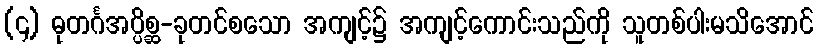
(၄) ဓုတင်္ဂအပ္ပိစ္ဆ-ခုတင်စသော အကျင့်၌ အကျင့်ကောင်းသည်ကို သူတစ်ပါးမသိအောင်